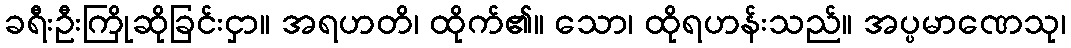
ခရီးဦးကြိုဆိုခြင်းငှာ။ အရဟတိ၊ ထိုက်၏။ သော၊ ထိုရဟန်းသည်။ အပ္ပမာဏေသု၊